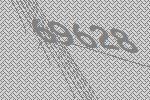
69628